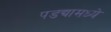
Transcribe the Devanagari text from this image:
पडद्यामध्ये